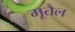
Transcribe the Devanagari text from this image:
मूतैल